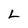
Character: L